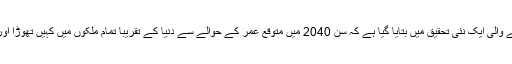
جریدے لینسٹ میں یونیورسٹی آف واشنگٹن کے صحت سے متعلق انسٹی ٹیوٹ آئی ایچ ایم ای کی شائع ہونے والی ایک نئی تحقیق میں بتایا گیا ہے کہ سن 2040 میں متوقع عمر کے حوالے سے دنیا کے تقریباً تمام ملکوں میں کہیں تھوڑا اور کہیں زیادہ اضافہ ہو گا جس سے عمر کے چارٹ پر اکثر ملکوں کی موجودہ پوزیشن تبدیل ہو جائے گی۔